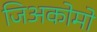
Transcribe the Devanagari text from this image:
जिअकोमो